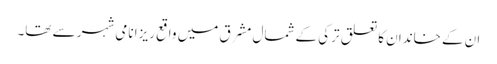
ان کے خاندان کا تعلق ترکی کے شمال مشرق میں واقع ریزا نامی شہر سے تھا۔